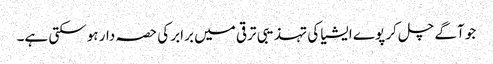
جو آگے چل کر پوے ایشیا کی تہذیبی ترقی میں برابر کی حصہ دار ہوسکتی ہے۔